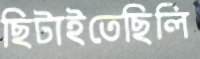
ছিটাইতেছিলি